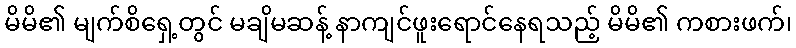
မိမိ၏ မျက်စိရှေ့တွင် မချိမဆန့် နာကျင်ဖူးရောင်နေရသည့် မိမိ၏ ကစားဖက်၊